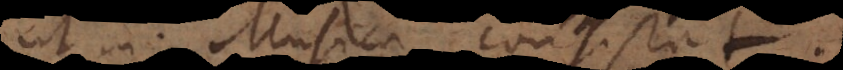
ut in Musica consistat.